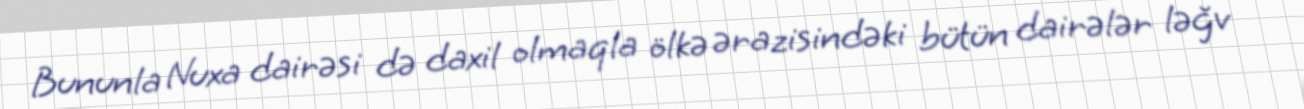
Bununla Nuxa dairəsi də daxil olmaqla ölkə ərazisindəki bütün dairələr ləğv